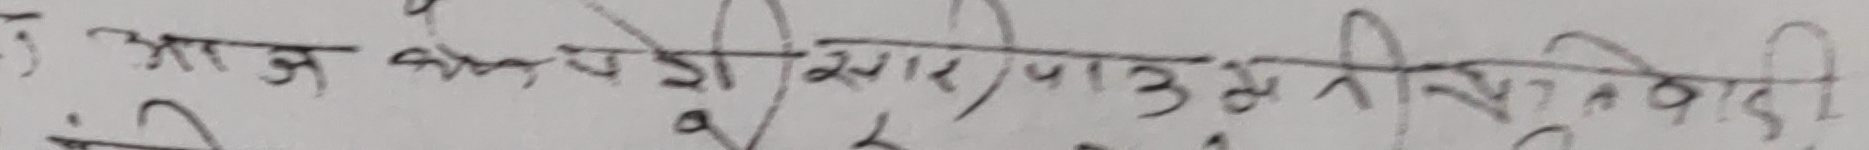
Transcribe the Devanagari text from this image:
आज केल्डी सार पाउनु निहितवादी